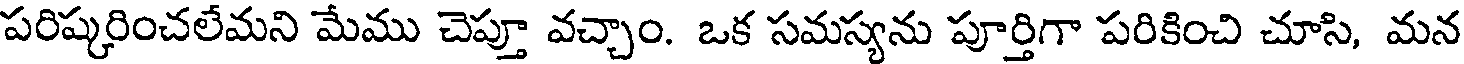
పరిష్కరించలేమని మేము చెప్తూ వచ్చాం. ఒక సమస్యను పూర్తిగా పరికించి చూసి, మన